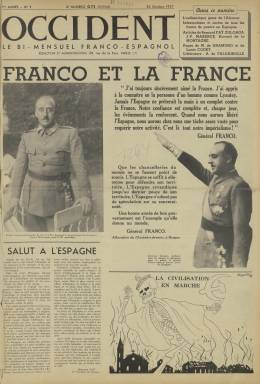
Título: Occident (Paris. 1937)
Colección: Periódicos || Guerra civil
Ámbito geográfico: Francia
Lugar de publicación: Paris
Fechas: 25/10/1937-30/05/1939

Periódico bimensual editado en París y redactado en francés de apoyo al bando nacional en la Guerra Civil española. Se publicaba los días 10 y 25 de cada mes y comenzó su andadura en octubre de 1937, cuando el conflicto llevaba más de un año y los republicanos acababan de perder el control en los territorios del norte de España que dominaban, en Asturias, Cantabria y el País Vasco.

    A partir de esa derrota republicana, la opinión europea comenzó a pensar que era ya cuestión de tiempo que el bando nacional ganara la guerra. Este periódico da por hecha la victoria y en su primer número muestra fotografías de un Franco vencedor haciendo declaraciones de intenciones en relación con Francia para después de la guerra.

    En este primer número, en su última página, puede verse un retrato de Miguel de Unamuno realizado por Ignacio Zuloaga. Bajo la imagen se lee la declaración aprobada por la Universidad de Salamanca, cuyo rector era Unamuno, en contra del Gobierno republicano y por la defensa de la civilización cristiana.

  El mensaje está fechado el 20 de septiembre de 1936, antes del conocido enfrentamiento del 12 de octubre de Unamuno con el general Millán Astray que le supuso ser depuesto como rector por el Gobierno nacional de Burgos, como antes lo había sido por el Gobierno republicano por su apoyo al bando nacional.

  Occident contaba con ocho páginas, la central de ellas doble. Estaba profusamente ilustrado con fotografías y esquemas sobre el avance nacional en la guerra y sobre todo con la imagen de Franco, que prácticamente aparece en todos los números de la publicación. Sus declaraciones y mensajes durante el conflicto son ampliamente difundidos por el periódico, que también destacaba las relaciones amistosas de Francia con la nueva España.

   Aparte de lo político y lo militar, Occident dedicaba su última página a una sección que llamaba en francés ‘Las armas y las letras’ en la que los contenidos eras culturales y artísticos.

   El último número del periódico corresponde al 30 de mayo de 1939 (no el día 25 como era habitual) y recoge el desfile de la victoria de las tropas nacionales en el paseo de la Castellana de Madrid. La publicación había nacido durante la guerra en apoyo de Franco y una vez conseguido el objetivo su existencia ya carecía de sentido.

[Descripción publicada el 1/12/2022]